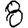
Digit: 8